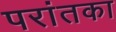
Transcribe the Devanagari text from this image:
परांतका